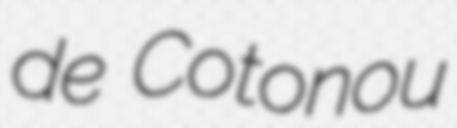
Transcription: de Cotonou